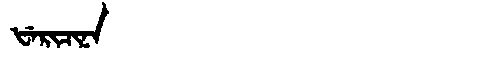
Manchu: ᡶᡝᡵᡳᠴᡳᠨᠠ
Romanization: FERICINA